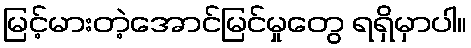
မြင့်မားတဲ့အောင်မြင်မှုတွေ ရရှိမှာပါ။